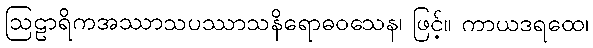
ဩဠာရိကအဿာသပဿာသနိရောဓဝသေန၊ ဖြင့်။ ကာယဒရထေ၊